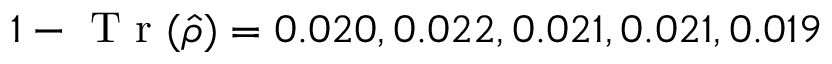
1 - \mathrm { ~ T ~ r ~ } ( \hat { \rho } ) = 0 . 0 2 0 , 0 . 0 2 2 , 0 . 0 2 1 , 0 . 0 2 1 , 0 . 0 1 9